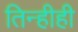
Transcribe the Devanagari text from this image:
तिन्हीही